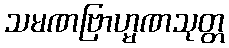
သမဏဗြာဟ္မဏသုတ္တ